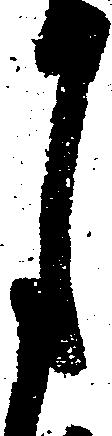
月